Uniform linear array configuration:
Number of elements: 32
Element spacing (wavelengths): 1
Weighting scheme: exponential
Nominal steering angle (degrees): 15
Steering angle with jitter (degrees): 14.533
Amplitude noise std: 0.05
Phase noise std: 0.05

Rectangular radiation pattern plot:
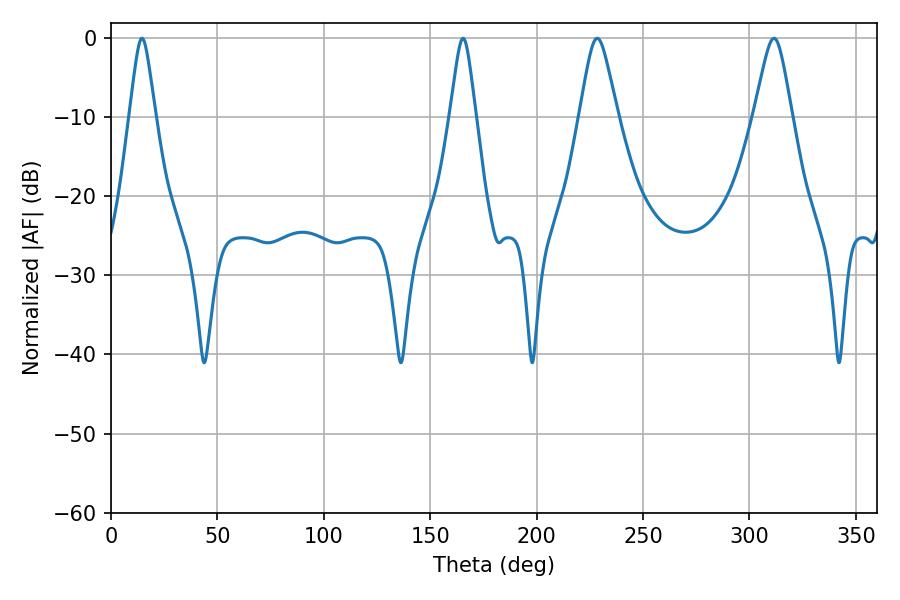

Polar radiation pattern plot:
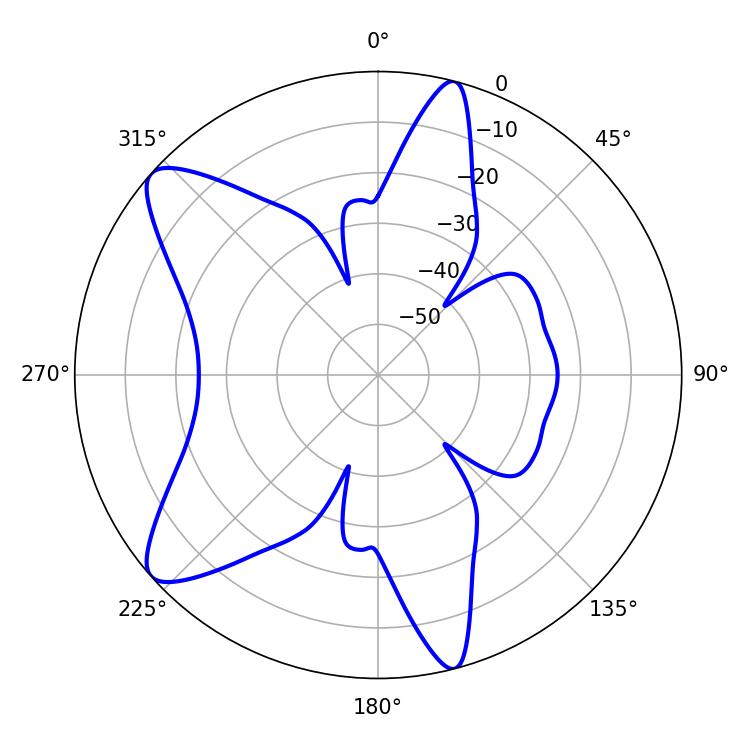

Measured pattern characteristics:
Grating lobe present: TRUE
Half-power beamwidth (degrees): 5.76
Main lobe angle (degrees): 14.58